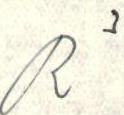
R 3